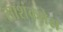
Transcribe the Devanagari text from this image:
साशंकतेस